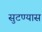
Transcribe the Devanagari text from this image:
सुटण्यास